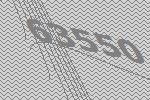
63550